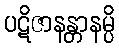
ပဋိဇာနန္တာနမ္ပိ